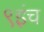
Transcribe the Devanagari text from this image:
९इंच